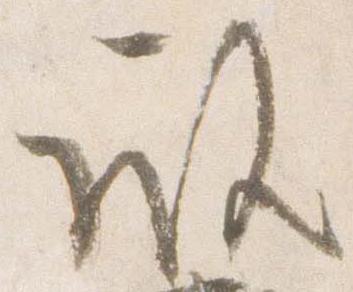
殿